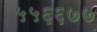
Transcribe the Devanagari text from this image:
५५६६७७